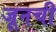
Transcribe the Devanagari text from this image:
जूनची